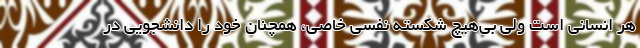
هر انسانی است ولی بی‌هیچ شکسته نفسی خاصی، همچنان خود را دانشجویی در